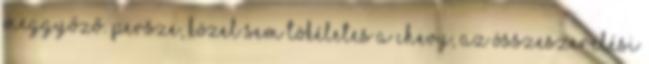
meggyőző. Persze, közel sem tökéletes a Chevy, az összeszerelési